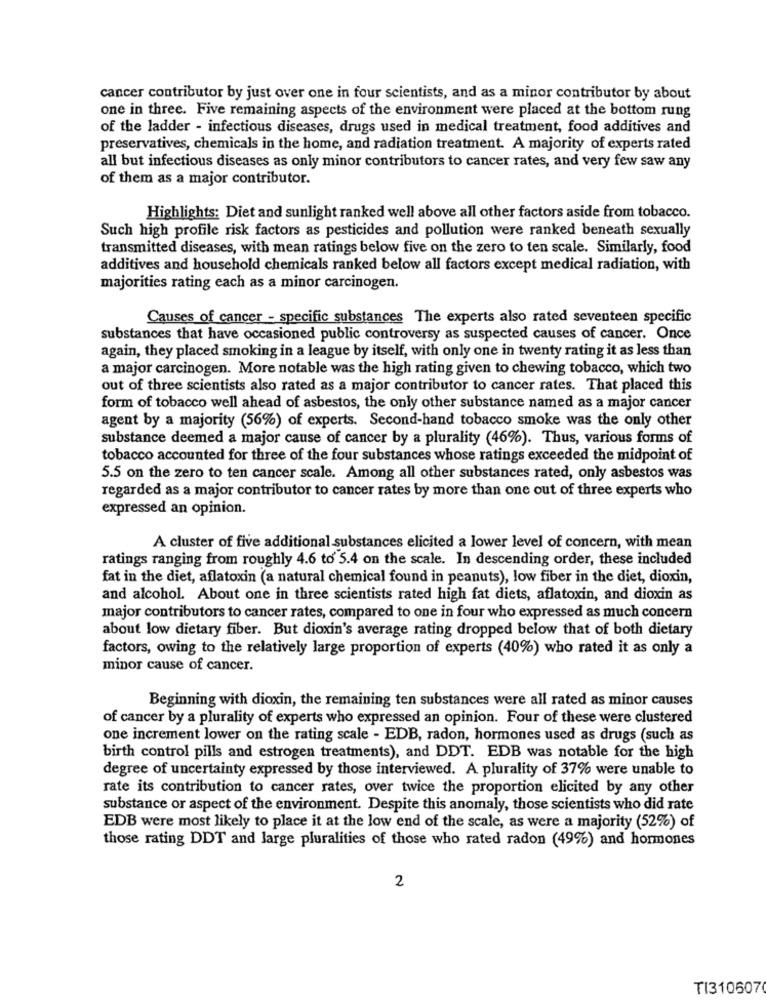
cancer contributor by just over one in four scientists, and as a minor contributor by about
one in three. Five remaining aspects of the environment were placed at the bottom rung
of the ladder - infectious diseases, drugs used in medical treatment, food additives and
preservatives, chemicals in the home, and radiation treatment. A majority of experts rated
all but infectious diseases as only minor contributors to cancer rates, and very few saw any
of them as a major contributor.
Highlights: Diet and sunlight ranked well above all other factors aside from tobacco.
Such high profile risk factors as pesticides and pollution were ranked beneath sexually
transmitted diseases, with mean ratings below five on the zero to ten scale. Similarly, food
additives and household chemicals ranked below all factors except medical radiation, with
majorities rating each as a minor carcinogen.
Causes of cancer - specific substances The experts also rated seventeen specific
substances that have occasioned public controversy as suspected causes of cancer. Once
again, they placed smoking in a league by itself, with only one in twenty rating it as less than
a major carcinogen. More notable was the high rating given to chewing tobacco, which two
out of three scientists also rated as a major contributor to cancer rates. That placed this
form of tobacco well ahead of asbestos, the only other substance named as a major cancer
agent by a majority (56%) of experts. Second-hand tobacco smoke was the only other
substance deemed a major cause of cancer by a plurality (46%). Thus, various forms of
tobacco accounted for three of the four substances whose ratings exceeded the midpoint of
5.5 on the zero to ten cancer scale. Among all other substances rated, only asbestos was
regarded as a major contributor to cancer rates by more than one out of three experts who
expressed an opinion.
A cluster of five additional substances elicited a lower level of concern, with mean
ratings ranging from roughly 4.6 to 5.4 on the scale. In descending order, these included
fat in the diet, aflatoxin (a natural chemical found in peanuts), low fiber in the diet, dioxin,
and alcohol. About one in three scientists rated high fat diets, aflatoxin, and dioxin as
major contributors to cancer rates, compared to one in four who expressed as much concern
about low dietary fiber. But dioxin's average rating dropped below that of both dietary
factors, owing to the relatively large proportion of experts (40%) who rated it as only a
minor cause of cancer.
Beginning with dioxin, the remaining ten substances were all rated as minor causes
of cancer by a plurality of experts who expressed an opinion. Four of these were clustered
one increment lower on the rating scale - EDB, radon, hormones used as drugs (such as
birth control pills and estrogen treatments), and DDT. EDB was notable for the high
degree of uncertainty expressed by those interviewed. A plurality of 37% were unable to
rate its contribution to cancer rates, over twice the proportion elicited by any other
substance or aspect of the environment. Despite this anomaly, those scientists who did rate
EDB were most likely to place it at the low end of the scale, as were a majority (52%) of
those rating DDT and large pluralities of those who rated radon (49%) and hormones
2
TI310607